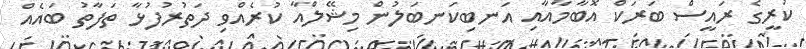
ކުރީގެ ރައީސް ބަރަކް އޮބާމާއާއި އަނބިކަނބަލުން މިޝޭލްއާ ކުރެއްވި ދަތުރުފުޅާ ތަފާތު ބައެއް